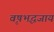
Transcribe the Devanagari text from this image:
वृषभद्धजाय